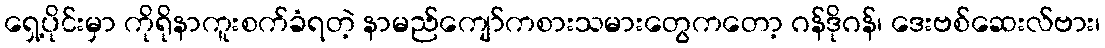
ရှေ့ပိုင်းမှာ ကိုရိုနာကူးစက်ခံရတဲ့ နာမည်ကျော်ကစားသမားတွေကတော့ ဂန်ဒိုဂန်၊ ဒေးဗစ်ဆေးလ်ဗား၊